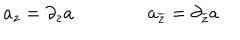
a _ { z } = \partial _ { z } a \qquad \qquad a _ { \overline { { { z } } } } = \partial _ { \overline { { { z } } } } a